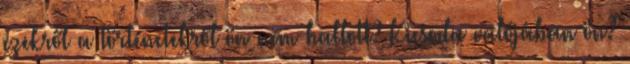
ezekről a történetekről ön nem hallott? Kicsoda valójában ön?